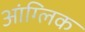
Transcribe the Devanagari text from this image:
आंग्लिक